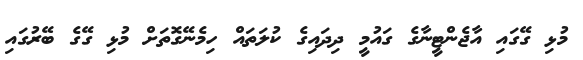
މުޅި ގޭގައި އާޖެންޓީނާގެ ގައުމީ ދިދައިގެ ކުލަތައް ހިމެނޭގޮތަށް މުޅި ގޭގެ ބޭރުގައި